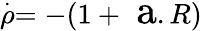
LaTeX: \stackrel{.}{\rho}=-(1+\mathrm{\Large~a}.R)